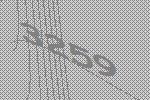
3259